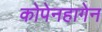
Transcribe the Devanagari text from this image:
कोपेनहागेन